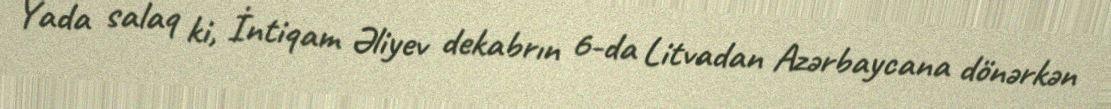
Yada salaq ki, İntiqam Əliyev dekabrın 6-da Litvadan Azərbaycana dönərkən